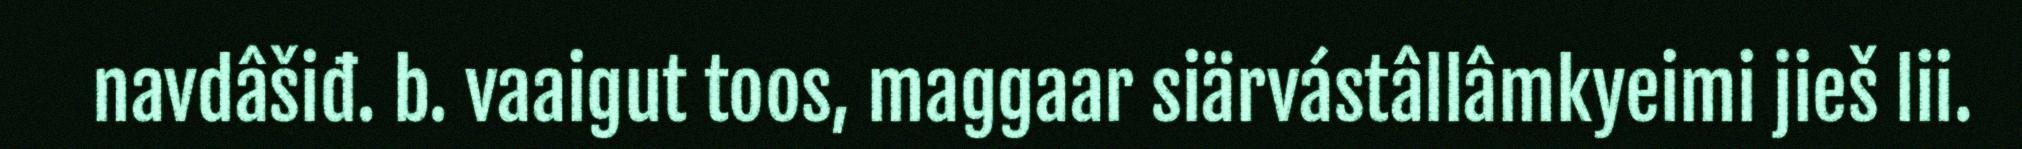
navdâšiđ. b. vaaigut toos, maggaar siärvástâllâmkyeimi jieš lii.